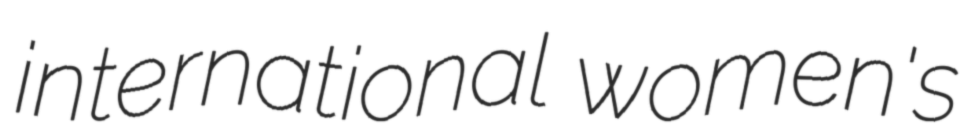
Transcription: international women's